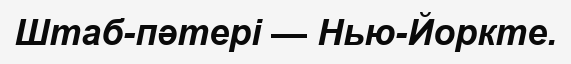
Штаб-пәтері — Нью-Йоркте.